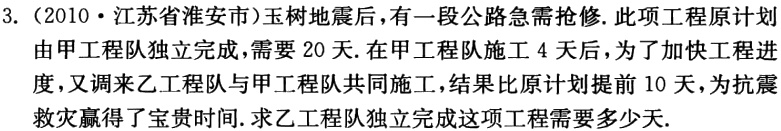
3.（2010·江苏省淮安市）玉树地震后，有一段公路急需抢修. 此项工程原计划由甲工程队独立完成，需要20天. 在甲工程队施工4天后，为了加快工程进度，又调来乙工程队与甲工程队共同施工，结果比原计划提前10天，为抗震救灾赢得了宝贵时间. 求乙工程队独立完成这项工程需要多少天.